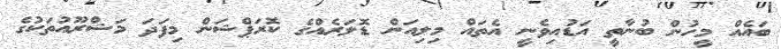
ބައެއް މީހުން ބުނާތީ އަޑުއިވެނީ އެތައް މިލިއަން ޑޮލަރެއްގެ ކޮރަޕްޝަން މިފަދަ މަޝްރޫއުތަކުގެ